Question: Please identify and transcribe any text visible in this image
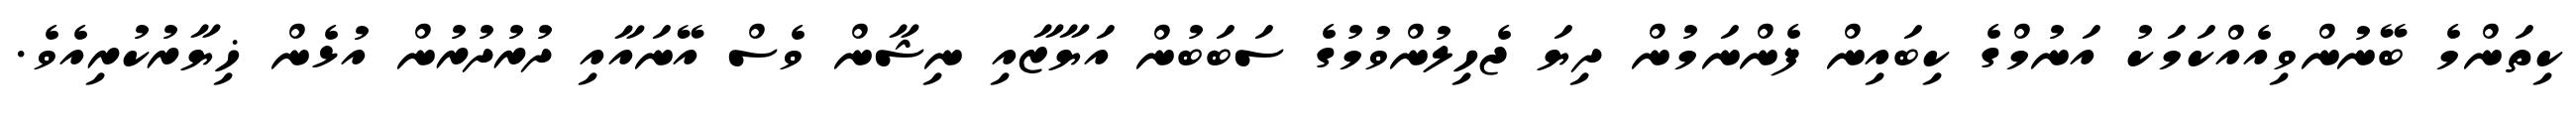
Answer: ކިތަންމެ ބޭނުންވިއެއްކަމަކު އަނުމްގެ ކިބައިން ފެންނަމުން ދިޔަ ޖެހިލުންވުމުގެ ސަބަބުން އަޔާޒާއި ނިޝާން ވެސް އޭނައާއި ދުރުދުރުން އުޅެން ޚިޔާރުކުރިއެވެ.